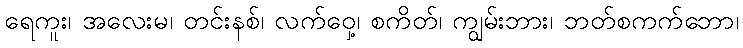
ရေကူး၊ အလေးမ၊ တင်းနစ်၊ လက်ဝှေ့၊ စကိတ်၊ ကျွမ်းဘား၊ ဘတ်စကက်ဘော၊